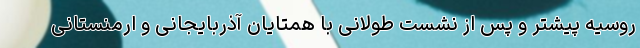
روسیه پیشتر و پس از نشست طولانی با همتایان آذربایجانی و ارمنستانی